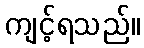
ကျင့်ရသည်။